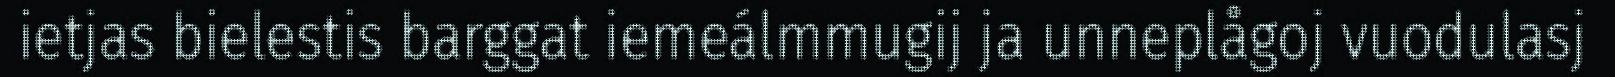
ietjas bielestis barggat iemeálmmugij ja unneplågoj vuodulasj